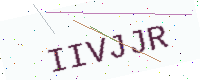
Text: IIVJJR